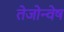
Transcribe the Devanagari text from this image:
तेजोन्वेष